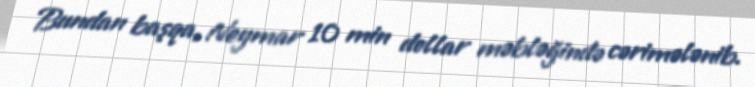
Bundan başqa, Neymar 10 min dollar məbləğində cərimələnib.